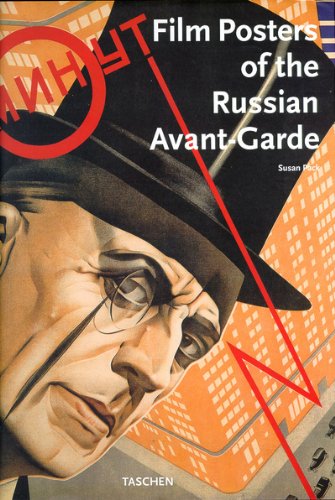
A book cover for Film Posters of the Russian Avant-Garde (Jumbo); Susan Pack; Crafts, Hobbies & Home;